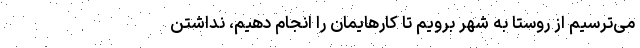
می‌ترسیم از روستا به شهر برویم تا کارهایمان را انجام دهیم، نداشتن